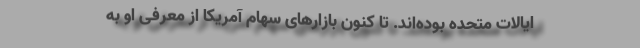
ایالات متحده بوده‌اند. تا کنون بازارهای سهام آمریکا از معرفی او به